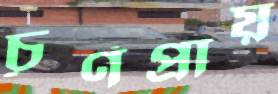
চূর্ণপ্রায়